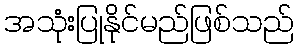
အသုံးပြုနိုင်မည်ဖြစ်သည်